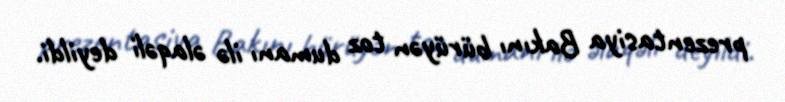
prezentasiya Bakını bürüyən toz dumanı ilə əlaqəli deyildi.